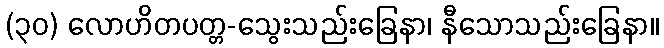
(၃၀) လောဟိတပတ္တ-သွေးသည်းခြေနာ၊ နီသောသည်းခြေနာ။